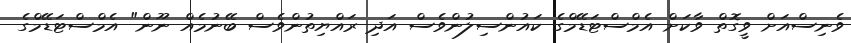
ވެނިސްއަށް ވީގޮތް ވާކަށް އެމްސްޓަޑޭމްގެ ކައުންސިލުންވެސް އަދި ރައްޔިތުންވެސް ބޭނުމެއް ނޫން" އެމްސްޓަޑޭމްގެ